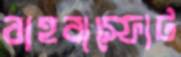
বাহবাস্ফোট